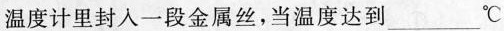
温度计里封入一段金属丝，当温度达到